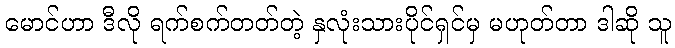
မောင်ဟာ ဒီလို ရက်စက်တတ်တဲ့ နှလုံးသားပိုင်ရှင်မှ မဟုတ်တာ ဒါဆို သူ